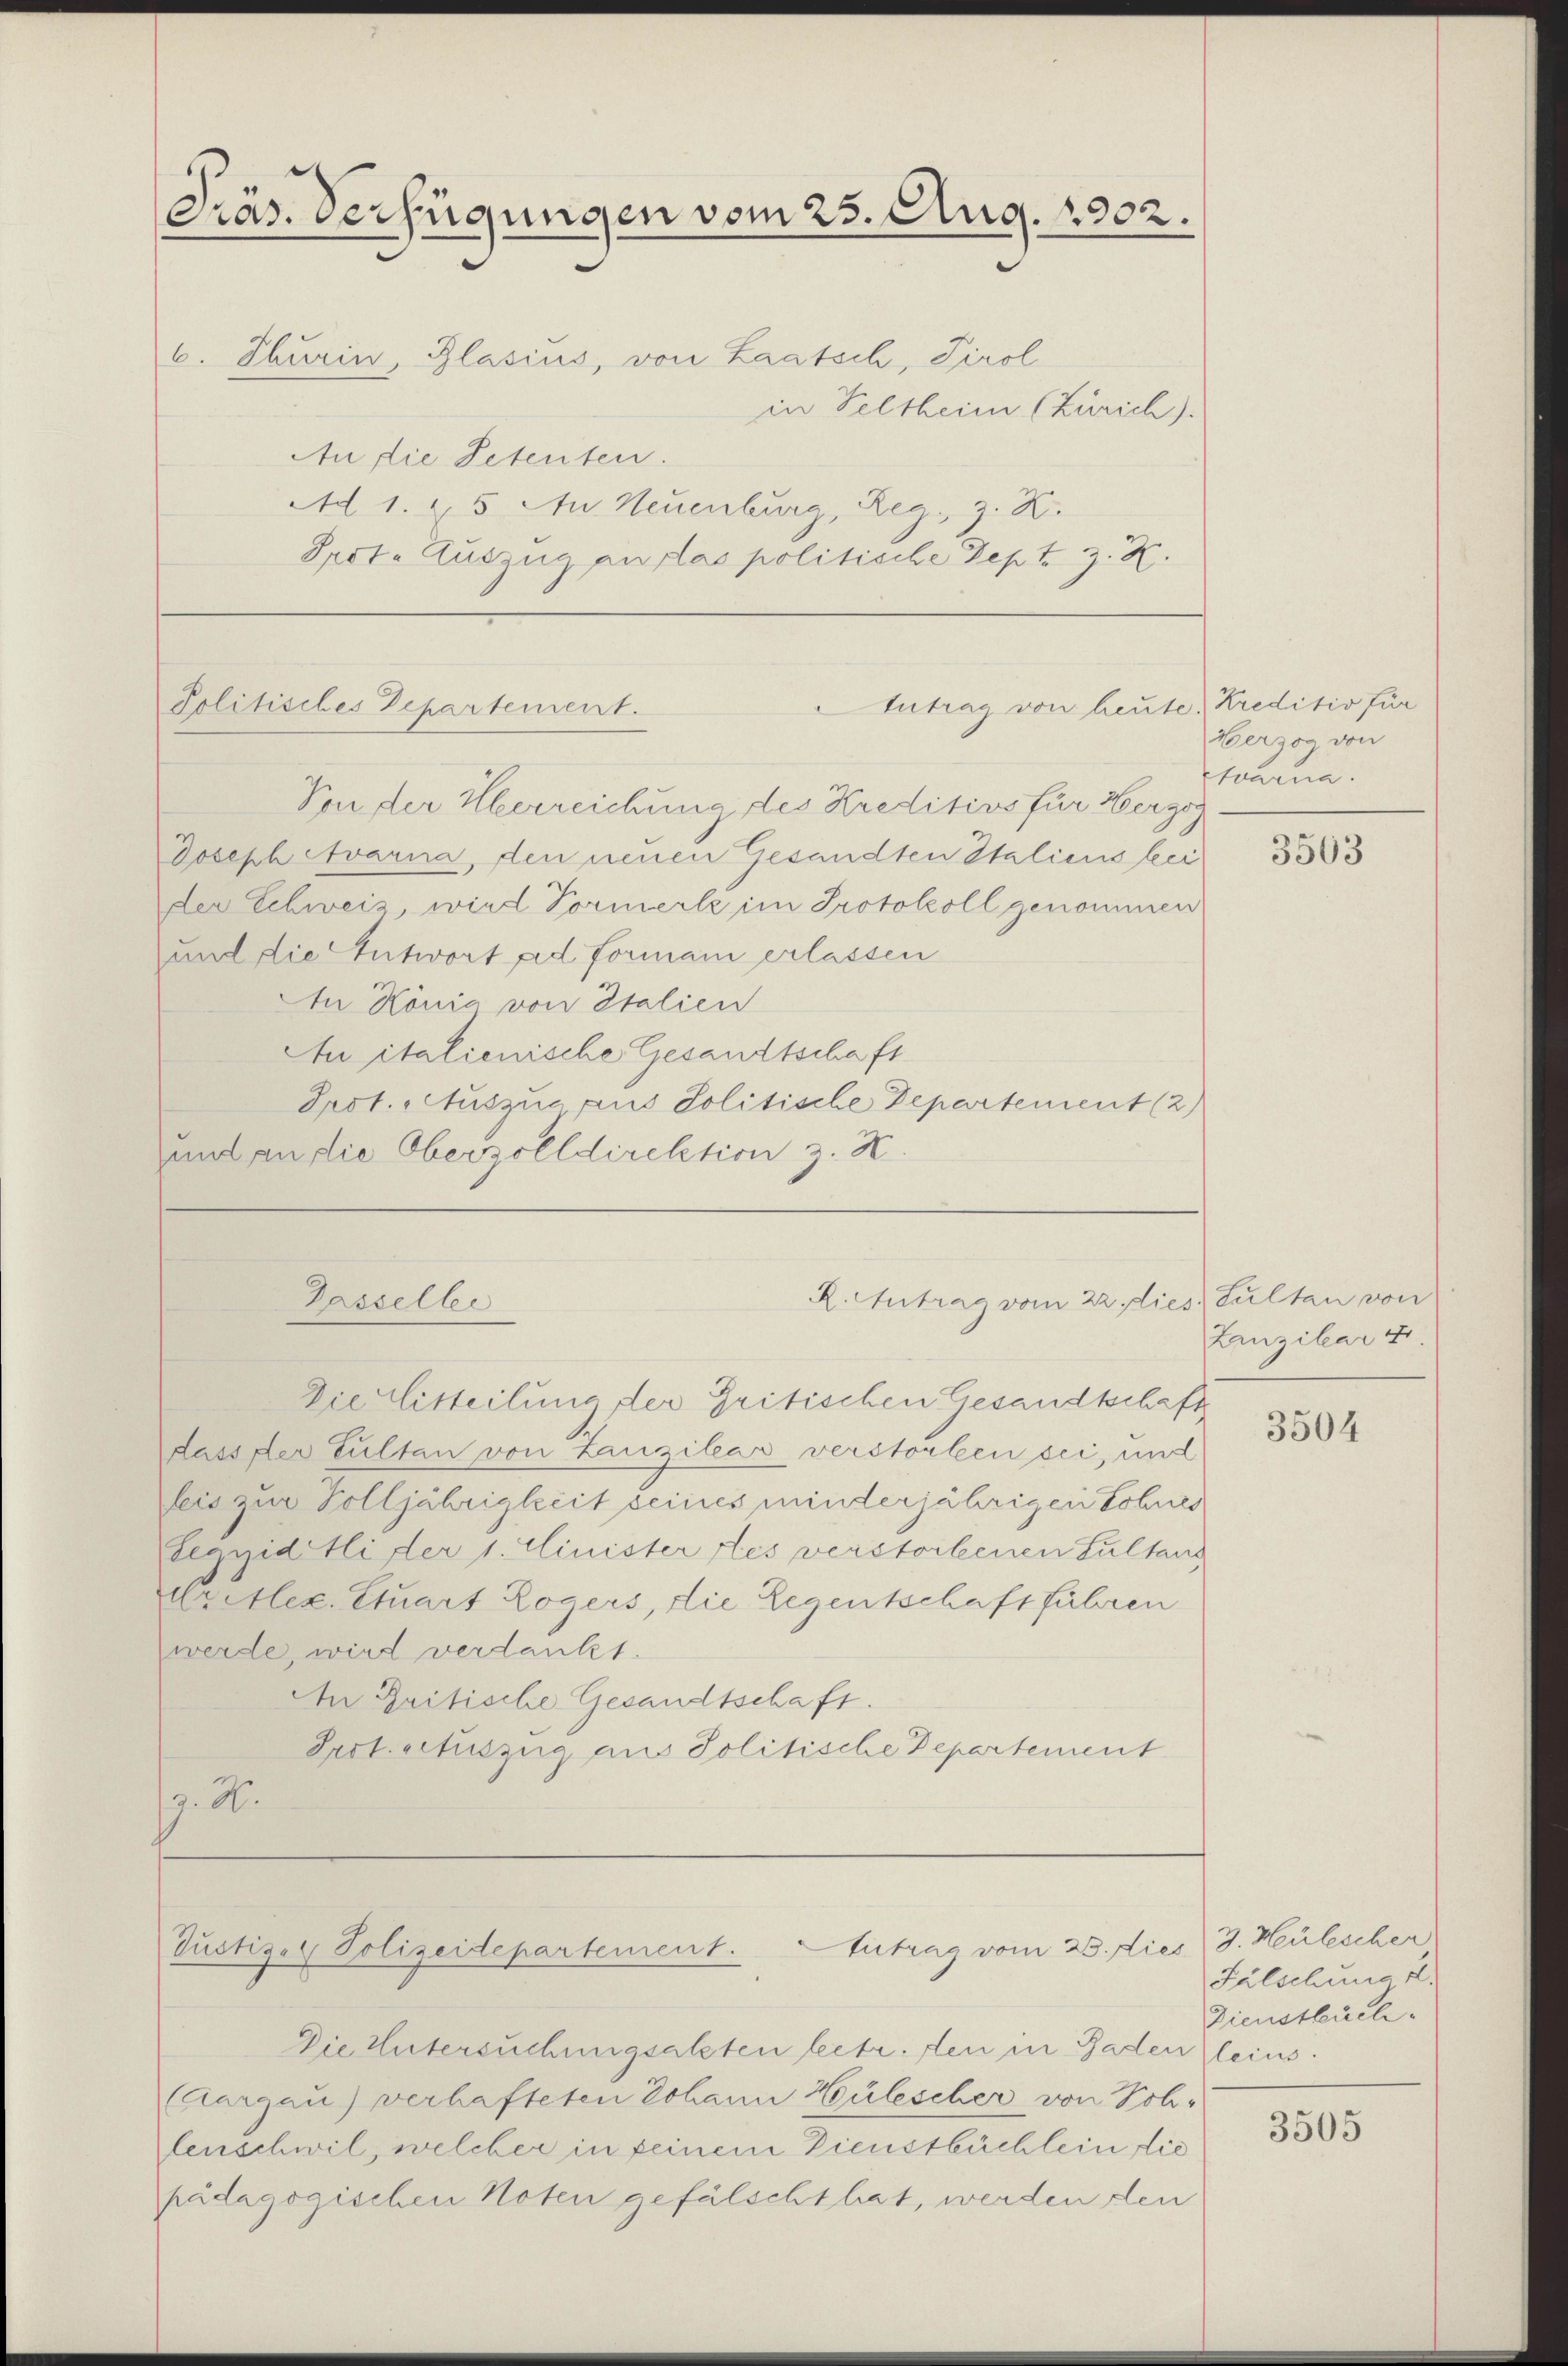
Präs. Verfügungen vom 25. Aug. 1902.
6. Thurin, Blasius, von Laatsch, Tirol
in Veltheim (Zürich).
An die Petenten.
Ad 1. 25 Au Neuenburg, Reg. 3. K.

Prot. Auszug an das politische Sept. Z. Z.

Antrag von heute, Kreditiv für
Politisches Departement.

Von der Herreichung des Kreditivs für Herzog
Joseph Avarna, den neuen Gesandten Italiens bei
der Schweiz, wird Vormerke im Protokoll genommen
und die Antwort ad formani erlassen
tn König von Italien
An italienische Gesandtschaft
Prot. Auszug aus Politische Departement (2)
und an die Oberzolldirektion z. B.

Die litteilung der Gritischen Gesandtschaft
dass der Sultan von Lauzilear verstorben sei, und
seis zur Volljährigkeit seines minderjährigen Sohnes
Segyidtli der 1. Minister des verstorbenen Sultans
Kretlex. Etuart Logers, die Legentschaft führen
werde, wird verdankt.
An Britische Gesandtschaft.
Pect. Artuszug aus Politische Departement
7.2.

Gasseller

R. Antrag vom 22. dies Sultan von

Antrag vom 23. dies 3. Heulescher
Justiz- & Polizeidepartement.

Die Untersuchungsatzten betr. den in Baden leins
(Aargau) verhafteten Johann Hülescher von Schlenschwil, welcher in keinem Dienstbüchlein die
pädagogischen Noten gefälscht hat, werden den

Herzog von
Etvarna.

3503

Lanzikar 4

3504

Falschung d.
Dienstbuch.

3505